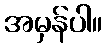
အမှန်ပါ။